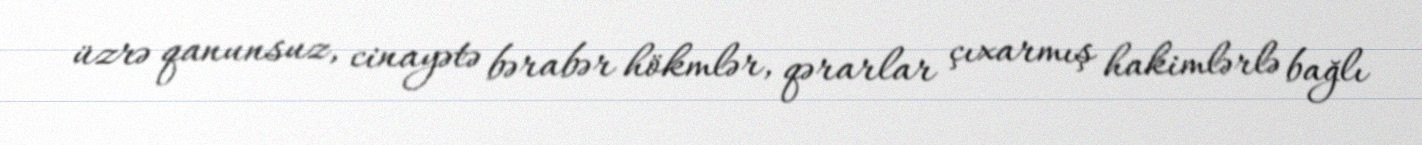
üzrə qanunsuz, cinayətə bərabər hökmlər, qərarlar çıxarmış hakimlərlə bağlı